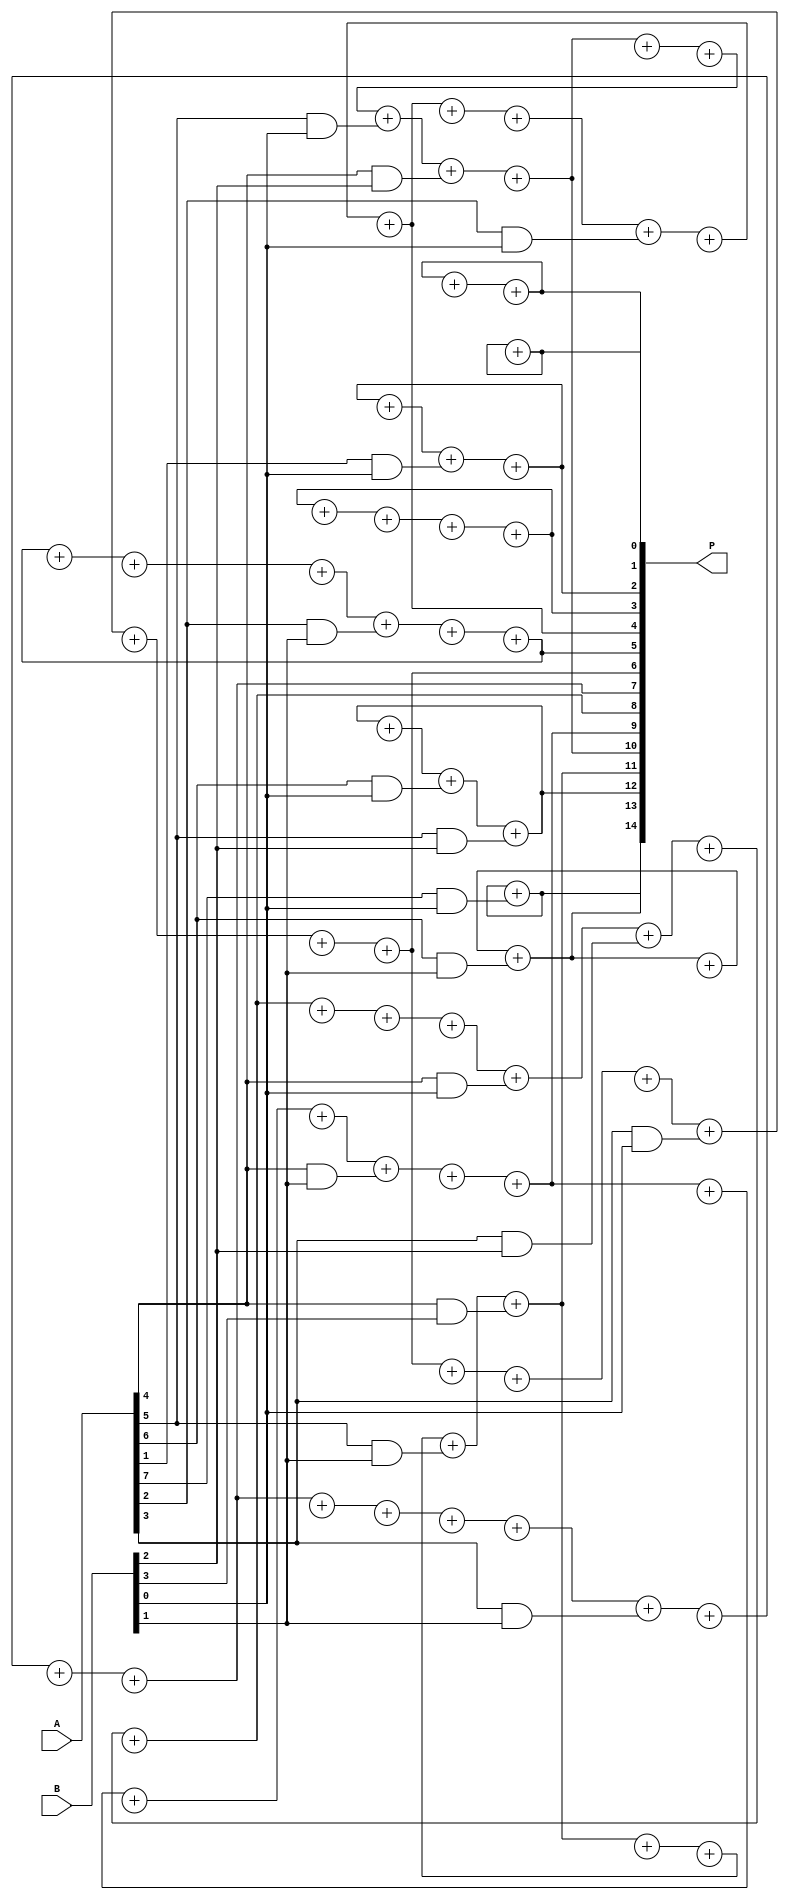
module Dadda_Multiplier (
    input wire [7:0] A,
    input wire [7:0] B,
    output wire [15:0] P
);

wire [15:0] PP[7:0];
wire [15:0] F[15:0];

// Partial product generation
genvar i, j;
generate
    for (i = 0; i < 8; i = i + 1) begin
        genvar k;
        for (j = 0; j < i; j = j + 1) begin
            assign PP[i + j][i] = A[i] & B[j];
        end
    end
endgenerate

// Partial product reduction using carry-save adders
genvar k;
generate
    for (k = 0; k < 16; k = k + 1) begin
        genvar m, n;
        for (m = 0; m < 8; m = m + 1) begin
            for (n = 0; n < 8; n = n + 1) begin
                if (m + n == k) begin
                    assign F[k][m + n] = F[k][m + n] + PP[m][n];
                end
            end
        end
    end
endgenerate

// Final product calculation using Dadda tree structure
genvar l;
generate
    for (l = 0; l < 16; l = l + 1) begin
        assign P[l] = F[l][l];
    end
endgenerate

endmodule